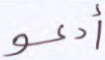
أدعو